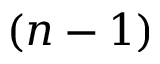
( n - 1 )